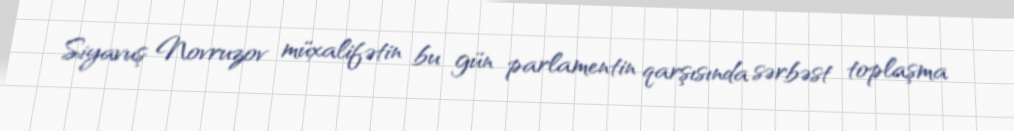
Siyavuş Novruzov müxalifətin bu gün parlamentin qarşısında sərbəst toplaşma